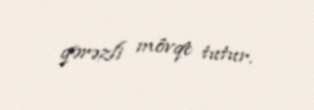
qərəzli mövqe tutur.